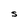
Character: S